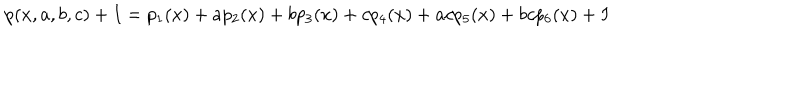
p ( x , a , b , c ) + I = p _ { 1 } ( x ) + a p _ { 2 } ( x ) + b p _ { 3 } ( x ) + c p _ { 4 } ( x ) + a c p _ { 5 } ( x ) + b c p _ { 6 } ( x ) + I